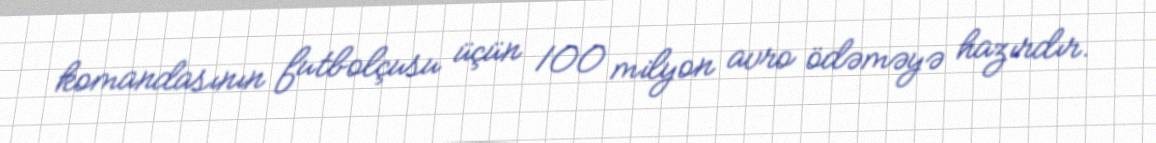
komandasının futbolçusu üçün 100 milyon avro ödəməyə hazırdır.